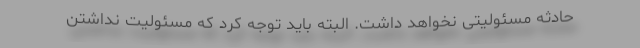
حادثه مسئولیتی نخواهد داشت. البته باید توجه کرد که مسئولیت نداشتن